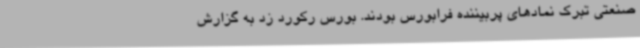
صنعتی تبرک نمادهای پربیننده فرابورس بودند. بورس رکورد زد به گزارش